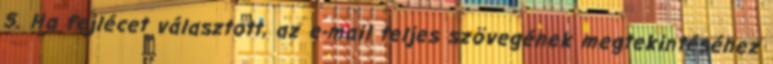
5. Ha fejlécet választott, az e-mail teljes szövegének megtekintéséhez